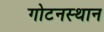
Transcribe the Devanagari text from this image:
गोटनस्थान